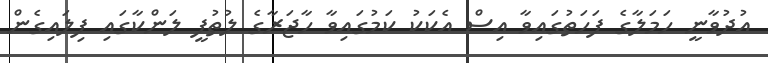
އުދުވާނީ ހަމަލާގެ ފަހަތުގައިވާ އިސް އެކަކު ކަމުގައިވާ ހާޖަރާގެ ލުތުފީ ލަންކާގައި ފިލައިގެން